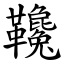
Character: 䪌